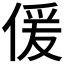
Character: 𠋠